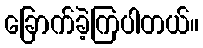
ခြောက်ခဲ့ကြပါတယ်။